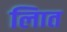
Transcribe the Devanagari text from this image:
लिात